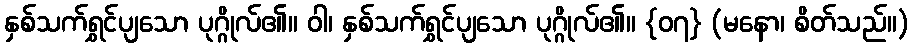
နှစ်သက်ရွှင်ပျသော ပုဂ္ဂိုလ်၏။ ဝါ၊ နှစ်သက်ရွှင်ပျသော ပုဂ္ဂိုလ်၏။ {၀၇} (မနော၊ စိတ်သည်။)